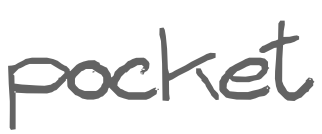
Text: pocket
Cross-out: clean
Writing tool: digital_gray